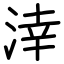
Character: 涬